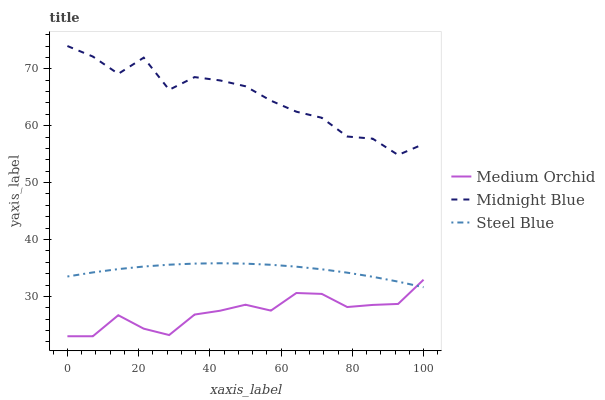
| xaxis_label | Medium Orchid | Midnight Blue | Steel Blue |
 | --- | --- | --- | --- |
 | 0 | 23 | 74 | 33.5 |
 | 7.14 | 23 | 72.2 | 34.2 |
 | 14.3 | 26.7 | 69.1 | 34.8 |
 | 21.4 | 24.3 | 72 | 35.3 |
 | 28.6 | 23.2 | 66.3 | 35.6 |
 | 35.7 | 26.8 | 68.5 | 35.8 |
 | 42.9 | 27.5 | 68 | 35.8 |
 | 50 | 28.5 | 66.9 | 35.8 |
 | 57.1 | 27.5 | 64.4 | 35.6 |
 | 64.3 | 30.6 | 62.5 | 35.2 |
 | 71.4 | 30.4 | 61.4 | 34.8 |
 | 78.6 | 28.1 | 58.1 | 34.2 |
 | 85.7 | 28.5 | 57.7 | 33.5 |
 | 92.9 | 28.7 | 54.9 | 32.6 |
 | 100 | 32.9 | 56.8 | 31.6 |